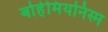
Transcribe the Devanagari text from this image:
बोहेमियनिस्म